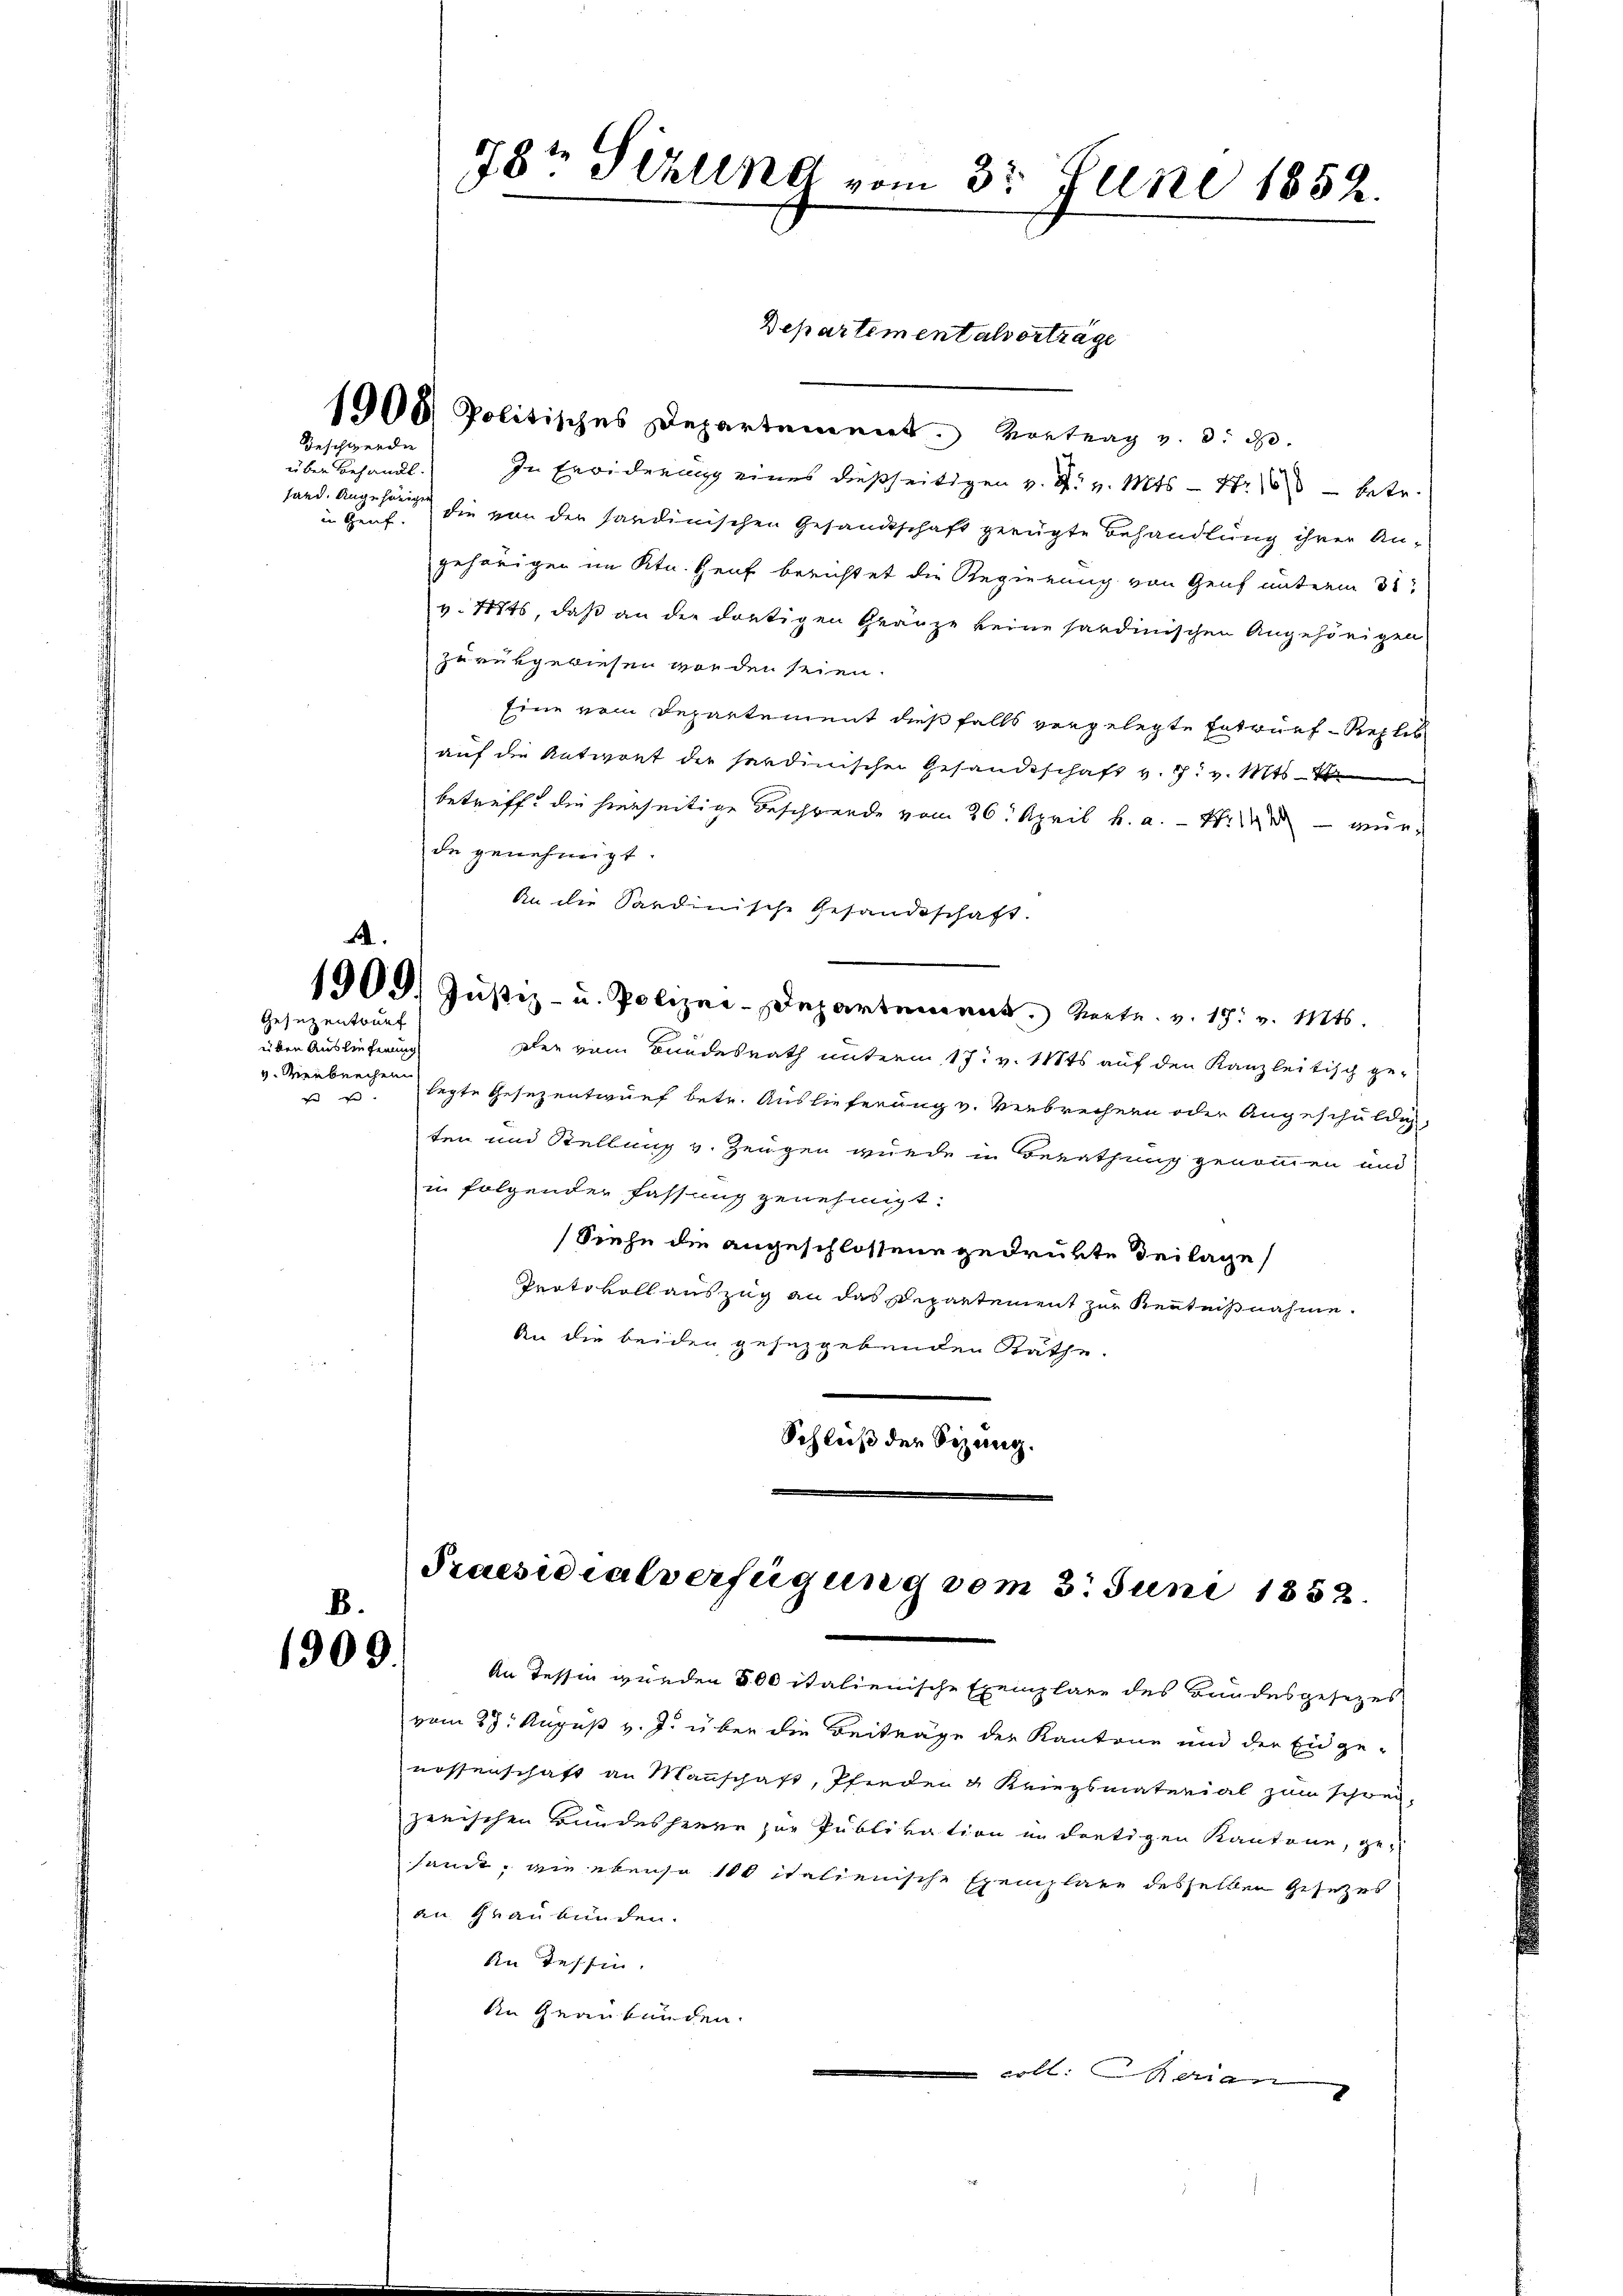
Geschwerde

über Behandl.
sard. Angehöriger

Gesezentrunf

über Auslieferung
v. Verbrechen

1008 Politisches Departement. Vortrag v. 3. d.
In Erwiderung eines dießseitigen v. M. v. Mts. — Er betr.
in Genf. Die von der stardinischen Gesandtschaft gerügte Behandlung ihrer Angehörigen im Ktn. Genf berichtet die Regierung von Genf unterm 31t
v. Mts, daß an die dortigen Gränze keine sardinischen Angehörigen
zurükgewiesen worden seien.
Eine vom Departement dießfalls vergelegte Entwurf - Replis
auf die Antwort der sandinischen Gesandeschaft v. 17. v. Mts. V
betreff die hierseitige Beschwerde vom 26. April h. a. M. wurde genehmigt.
An die Sardinische Gesandtschaft.
A.
1909. Jŭstiz- u. Polizei-Departement. Verte. v. 19. v. Mts.
Der vom Bundesrath unterm 17. v. Mts auf den Kanzleitisch ge¬
u u. legte Gesezentwurf betr. Auslieferung v. Verbrechern oder Angeschuldig-
ten und Stellung v. Zeugen wurde in Berathung genommen und
in folgender fassung genehmigt.
Siehe die angeschlossene gedrükte Beilage
Protokoll auszug an das Departement zur Kenntnißnahme.
An die beiden gesezgebenden Räthe.
Schluß der Sitzung.

B.
1909.

784 Sizlena vom 3. Juni 1852.

Departementalverträge

Praesidialverfügung vom 3. Juni 1858.

An Tessin wurden 500 italienische Exemplare des Bundesgesezes
vom 25. August v. J. über die Beiträge der Kantone und der Eidge-
nossenschaft an Mannschaft, Pferden 4 Kriegsmaterial zum schwei-
zerischen Bundesheere zur Publikation im dortigen Kantone, ge-
shande, wie ebenso 100 italienische Exemplare desselben Gesetzes
an Graubünden.
An Tessin.
An Graubünden.
 coll. Regien